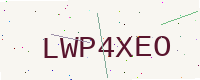
Text: LWP4XEO